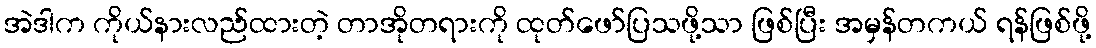
အဲဒါက ကိုယ်နားလည်ထားတဲ့ တာအိုတရားကို ထုတ်ဖော်ပြသဖို့သာ ဖြစ်ပြီး အမှန်တကယ် ရန်ဖြစ်ဖို့